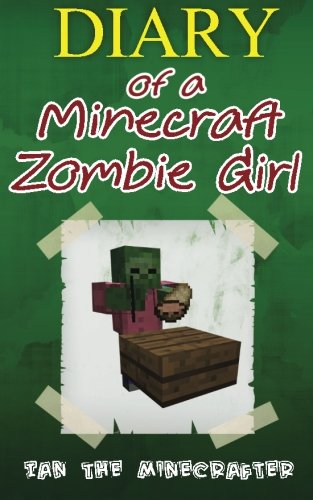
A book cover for Diary of a Minecraft Zombie Girl; Ian The Minecrafter; Humor & Entertainment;